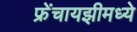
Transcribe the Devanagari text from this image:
फ्रेंचायझीमध्ये